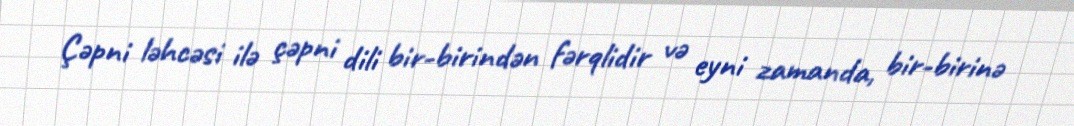
Çəpni ləhcəsi ilə çəpni dili bir-birindən fərqlidir və eyni zamanda, bir-birinə